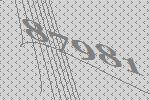
87981